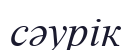
сәурік